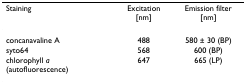
| Staining | Excitation [nm] | Emission filter [nm] |
 | --- | --- | --- |
 | concanavaline A | 488 | 580 ± 30 (BP) |
 | syto64 | 568 | 600 (BP) |
 | chlorophyll a (autofluorescence) | 647 | 665 (LP) |